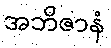
အဘိဇာနံ